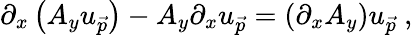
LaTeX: \partial_{x}\left(A_{y}u_{\vec{p}}\right)-A_{y}\partial_{x}u_{\vec{p}}=\left(\partial_{x}A_{y}\right)u_{\vec{p}}~,